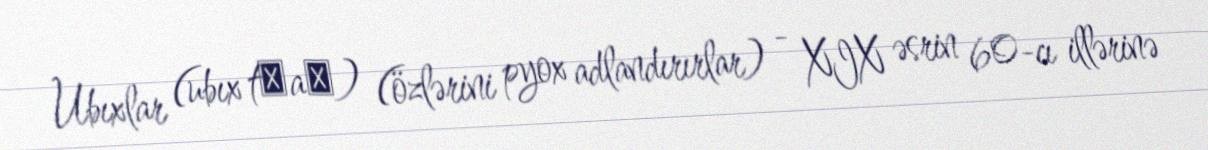
Ubıxlar (ubıx tʷaχ) (özlərini pyox adlandırırlar) - XIX əsrin 60-cı illərinə